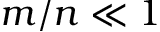
m / n \ll 1